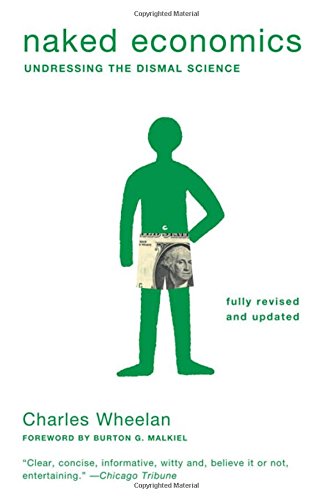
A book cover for Naked Economics: Undressing the Dismal Science (Fully Revised and Updated); Charles Wheelan; Business & Money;